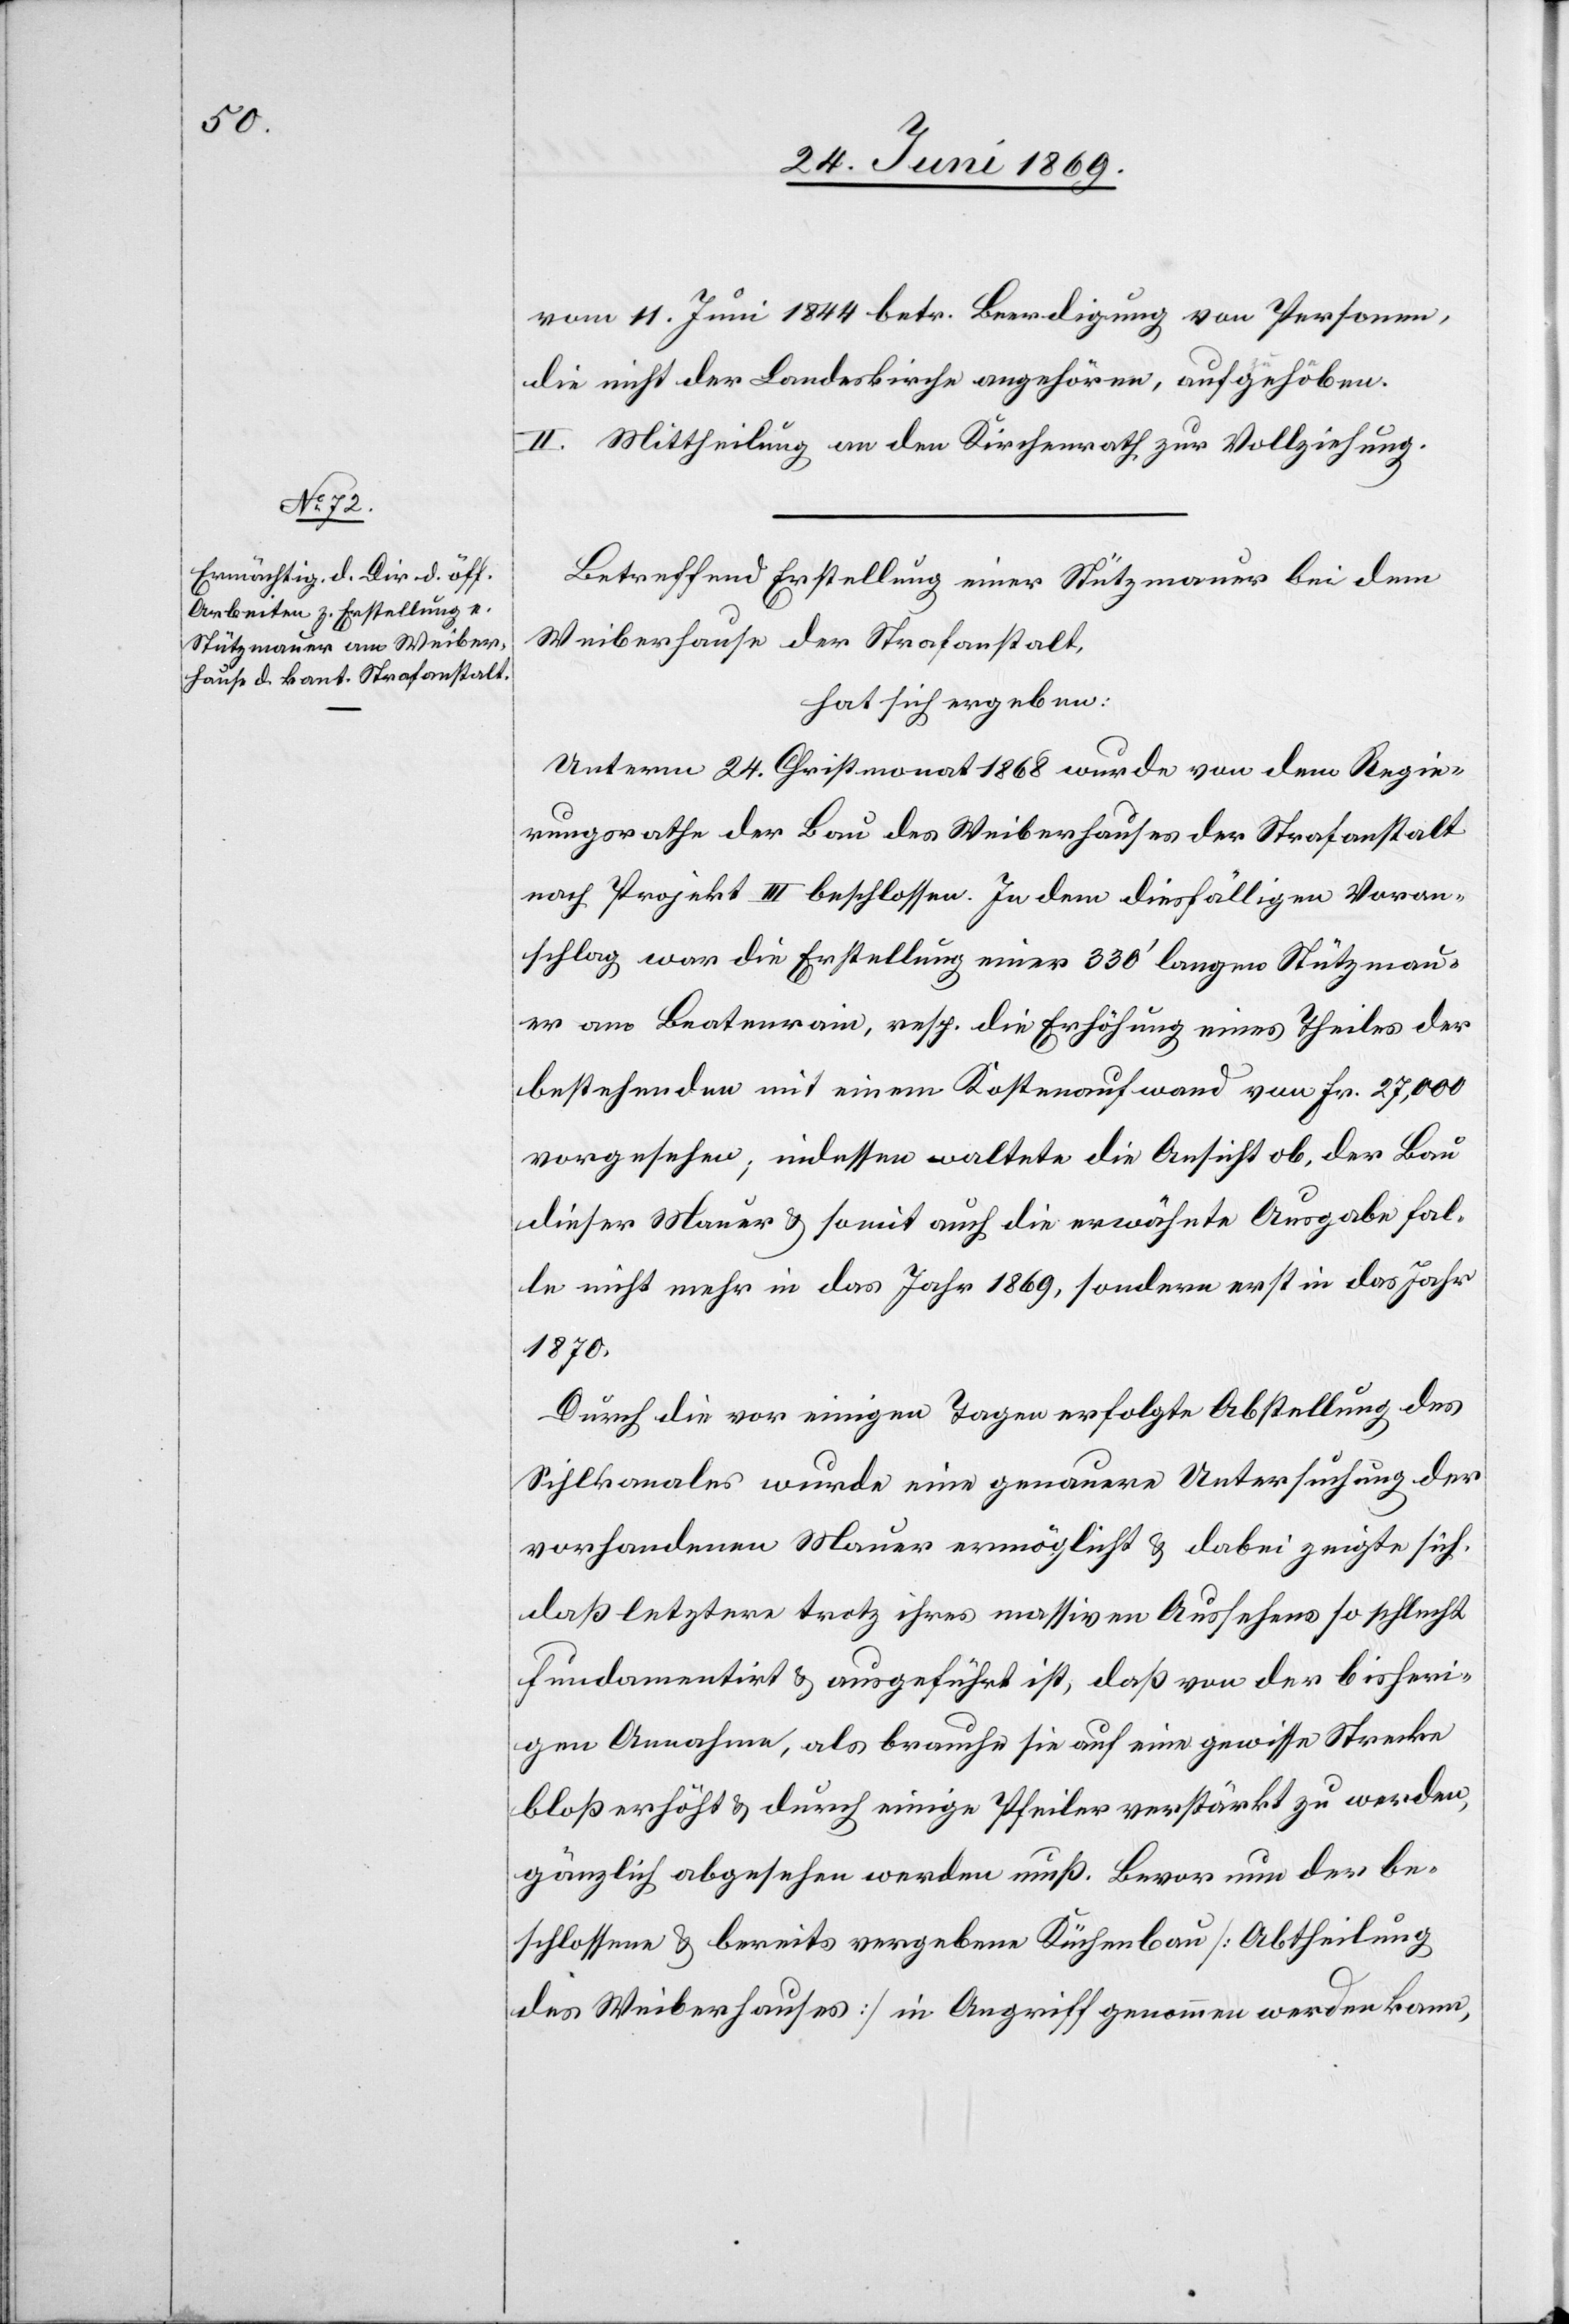
vom 11 Juni 1844 betr. Beerdigung von Personen,
die nicht der Landeskirche angehören, aufgehoben.
II. Mittheilung an den Kirchenrath zur Vollziehung.
Betreffend Erstellung einer Stützmauer bei dem
Weiberhause der Strafanstalt,
hat sich ergeben:
Unterm 24 Christmonat 1868 wurde von dem Regie¬
rungsrathe der Bau des Weiberhauses der Strafanstalt
nach Projekt III beschlossen. In dem diesfälligen Voran¬
schlag war die Erstellung einer 330’ langen Stützmau¬
er am Bratenrain, resp. die Erhöhung eines Theiles der
bestehenden mit einem Kostenaufwand von Fr. 27,000
vorgesehen; indessen waltete die Ansicht ob, der Bau
dieser Mauer u. somit auch die erwähnte Ausgabe fal¬
le nicht mehr in das Jahr 1869, sondern erst in das Jahr
1870.
Durch die vor einigen Tagen erfolgte Abstellung des
Sihlkanales wurde eine genauere Untersuchung der
vorhandenen Mauer ermöglicht u. dabei zeigte sich,
daß letztere trotz ihres massiven Aussehens so schlecht
fundamentirt u. ausgeführt ist, daß von der bisheri¬
gen Annahme, als brauche sie auf eine gewisse Strecke
bloß erhöht u. durch einige Pfeiler verstärkt zu werden,
gänzlich abgesehen werden muß. Bevor nun der be¬
schlossene u. bereits vergebene Küchenbau [Abtheilung
des Weiberhauses] in Angriff genommen werden kann,